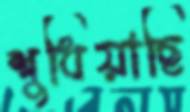
শুধিয়াছি